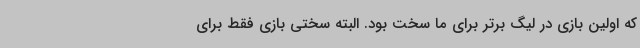
که اولین بازی در لیگ برتر برای ما سخت بود. البته سختی بازی فقط برای